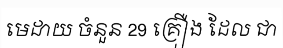
មេដាយ ចំនួន 29 គ្រឿង ដែល ជា